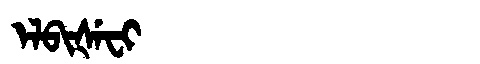
Manchu: ᡝᠯᠪᡳᡧᡝᠸᡳ
Romanization: ELBIŠEFI